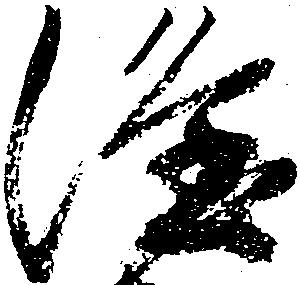
隆